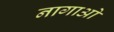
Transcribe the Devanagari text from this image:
नागाओ